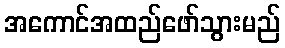
အကောင်အထည်ဖော်သွားမည်